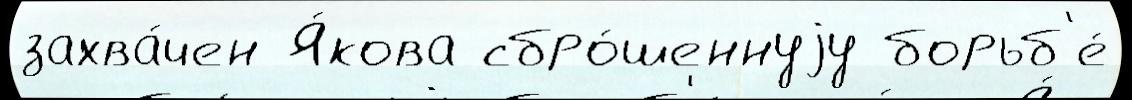
захва́чен Я́кова сбро́шеннуjу борьб'е́